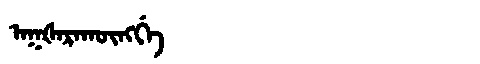
Manchu: ᠠᡴᡧᠠᡵᠠᡴᡡᠩᡤᡝ
Romanization: AKŠARAKŪNGGE